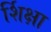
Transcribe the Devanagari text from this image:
र्शिक्षा